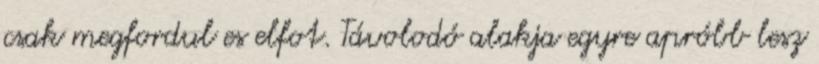
csak megfordul es elfot. Távolodó alakja egyre apróbb lesz